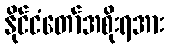
နိုင်ငံတော်အစိုးရအား